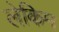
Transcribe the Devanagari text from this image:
लेकिम